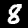
Label: 8